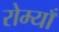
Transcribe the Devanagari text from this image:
रोम्याँ